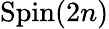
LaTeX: \operatorname{Spin}(2n)